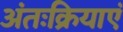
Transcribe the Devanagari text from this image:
अंतःक्रियाएं